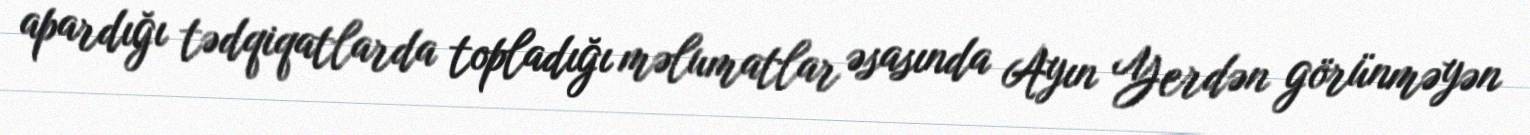
apardığı tədqiqatlarda topladığı məlumatlar əsasında Ayın Yerdən görünməyən